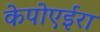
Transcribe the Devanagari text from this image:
केपोएईरा